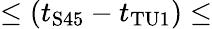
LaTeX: \leq(t_{\mathrm{S45}}-t_{\mathrm{TU1}})\leq